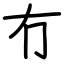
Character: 冇